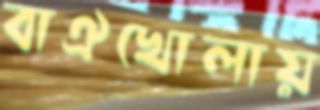
বাঐখোলায়